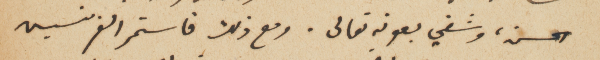
الحسن، وشفي بعونه تعالى. ومع ذلك فاستمر الفرنسيس